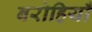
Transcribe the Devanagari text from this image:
बरोहियाँ